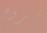
تروه